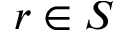
r \in S